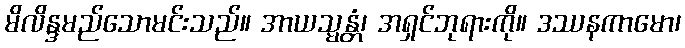
မိလိန္ဒမည်သောမင်းသည်။ အာယသ္မန္တံ၊ အရှင်ဘုရားကို။ ဒဿနကာမော၊